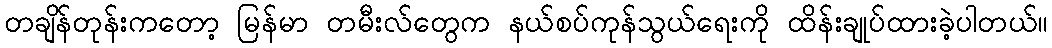
တချိန်တုန်းကတော့ မြန်မာ တမီးလ်တွေက နယ်စပ်ကုန်သွယ်ရေးကို ထိန်းချုပ်ထားခဲ့ပါတယ်။